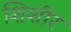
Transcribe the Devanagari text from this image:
शिशीर